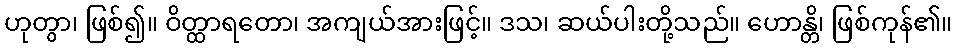
ဟုတွာ၊ ဖြစ်၍။ ဝိတ္ထာရတော၊ အကျယ်အားဖြင့်။ ဒသ၊ ဆယ်ပါးတို့သည်။ ဟောန္တိ၊ ဖြစ်ကုန်၏။